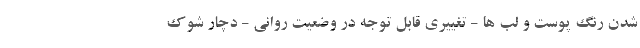
شدن رنگ پوست و لب ها - تغییری قابل توجه در وضعیت روانی - دچار شوک